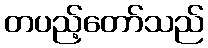
တပည့်တော်သည်